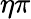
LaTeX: \eta\pi